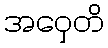
အဝှေတိ